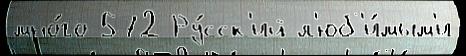
мно́го 572 Ру́сск'ий л'юб'и́мым'и